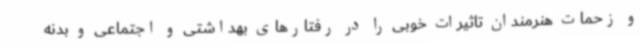
و زحمات هنرمندان تاثیرات خوبی را در رفتارهای بهداشتی و اجتماعی و بدنه‌